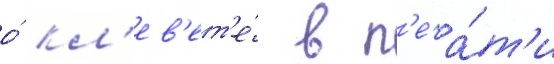
о́ кл'ев'ет'е́ в п'еча́т'и